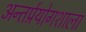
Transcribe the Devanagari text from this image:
अन्तर्प्रयोगशाला